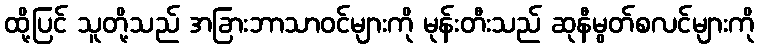
ထို့ပြင် သူတို့သည် အခြားဘာသာဝင်များကို မုန်းတီးသည် ဆုနီမွတ်စလင်များကို